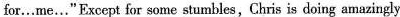
for…me …" Except for some \underline{stumbles} , Chris is doing amazingly